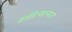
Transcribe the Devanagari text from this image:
साहित्यसन्मान